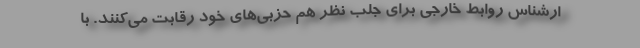
ارشناس روابط خارجی برای جلب نظر هم حزبی‌های خود رقابت می‌کنند. با